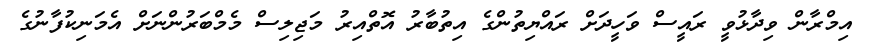
އިމްރާން ވިދާޅުވީ ރައީސް ވަހީދަށް ރައްޔިތުންގެ އިތުބާރު އޮތްއިރު މަޖިލިސް މެމްބަރުންނަށް އެމަނިކުފާނުގެ